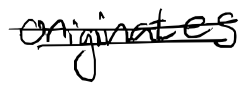
Text: originates
Cross-out: double-line
Writing tool: digital_black